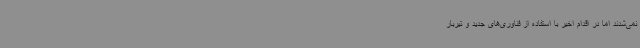
نمی‌شدند اما در اقدام اخیر با استفاده از فناوری‌های جدید و تیربار